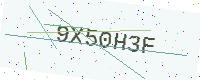
Text: 9X50H3F